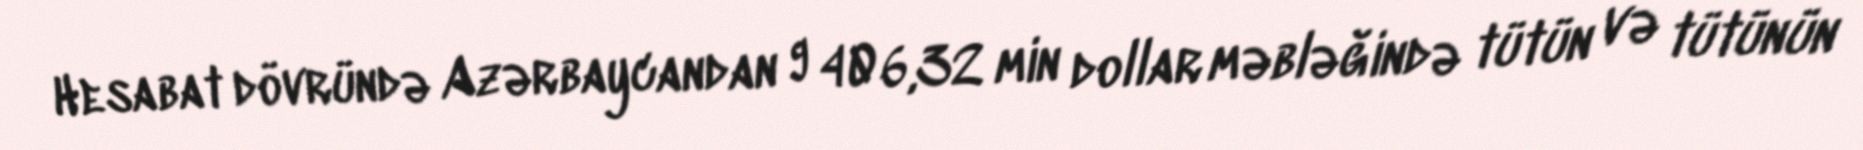
Hesabat dövründə Azərbaycandan 9 406,32 min dollar məbləğində tütün və tütünün